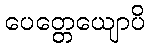
ပေတ္တေယျောပိ